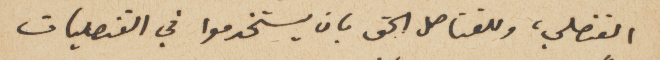
القنصلي، وللقناصل الحق بان يستخدموا في القنصليات